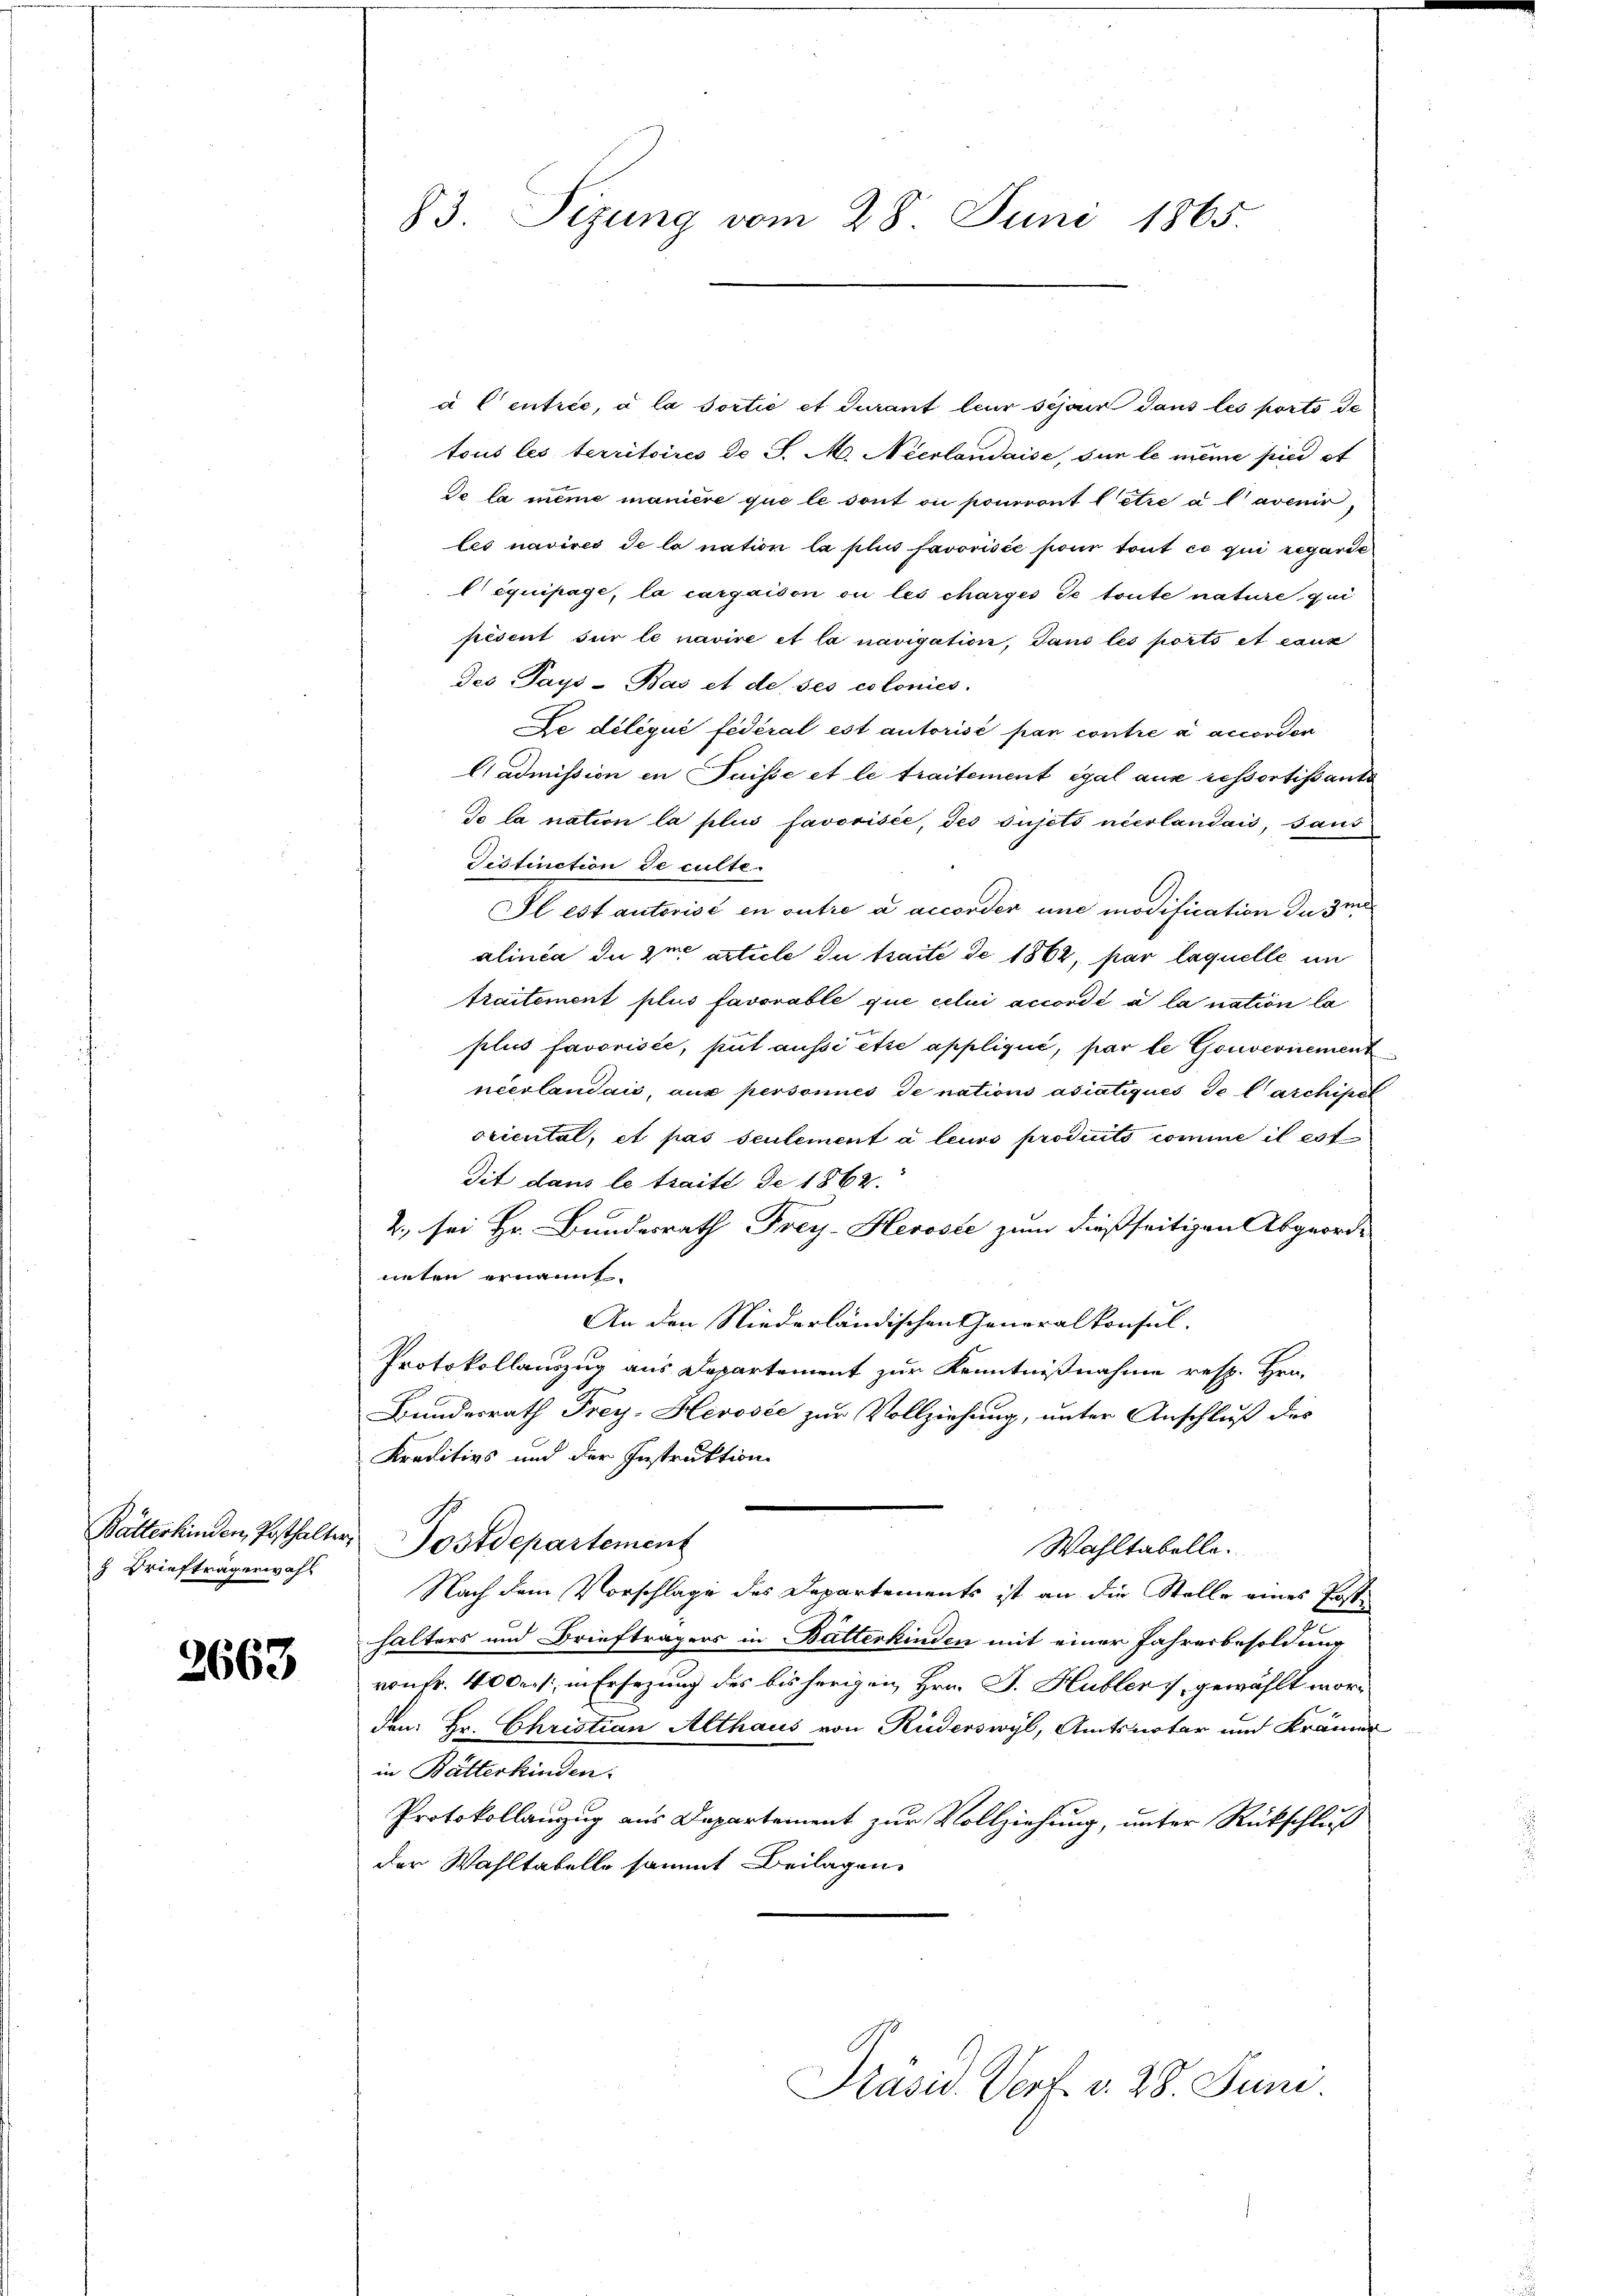
Batterkinden, Posthalter
 Briefträgerwahl

2663

83. Sizung vom 28. Juni 1865.

à Centrée, à la Sortie et curant leur sejour dans les porto de
tous les territoires Dr J. M. Neerlandaise, sur le même pier of
de la meine manière que le sont ou pourront betre à l’avenir
les navires de la nation la plus favorisée son tout ce qui regarde
 équipage, la carqaison ou les charges de toute nature, qui
présent sur le navire et la navigation, dans les porto et cauz
des Pays-Bas et de ses colonies,
Le déléqué fédéral est autorisé par contre a accorden
Aadmission in uisse et le traitement égal aus ressortissants
So la nation la plus favorisée, des sujets neerlandais, saus
Distinction de culte
Il est autorist en outre a accorder une modification da zu
alinea die im article du traite de 1862, par laquelle in
traitement plus favorable que celui accordé a la nation la
plus favorisée, put aussi être appliquić, par le Gouvernement
neevlandais, aux personnes de nations asiatiqués de larchipel
oriental, et pas seulement à leurs producito comme il est
dit dans le traité de 1862.
2., sei Hr. Bundesrath Frey-Heröste zum dießseitigen Abgeord-
neten ernannt.
An den Niederländischen Generalkonsul-
Protokollauszug aus Departement zur Kenntnißnahme resp. Hrn.
Bundesrath Frey- Hevosée zur Vollziehung, unter Anschluß des
Kreditivs und der Instruktion
Postdepartement
Wahltabelle.
Nach dem Vorschlage des Departements ist an die Stelle eines Post-
halters und Briefträgers in Butterkinden mit einer Jahresbesoldung
von Fr. 400fr., in Ersezung des bisherigen Hrn. J. Hubler 7, gewählt worden: Hr. Christian Althaus von Ruderswyl, Amtsnotar und Krämer
in Butterkinden.
Protokollauszug aus Departement zur Vollziehung, unter Rückschluß
der Wahltabelle sammt Beilagen

Präsid. Verf. v. 28. Juni.